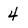
Character: 4